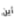
أين